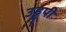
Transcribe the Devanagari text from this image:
उड्डुपी